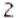
2